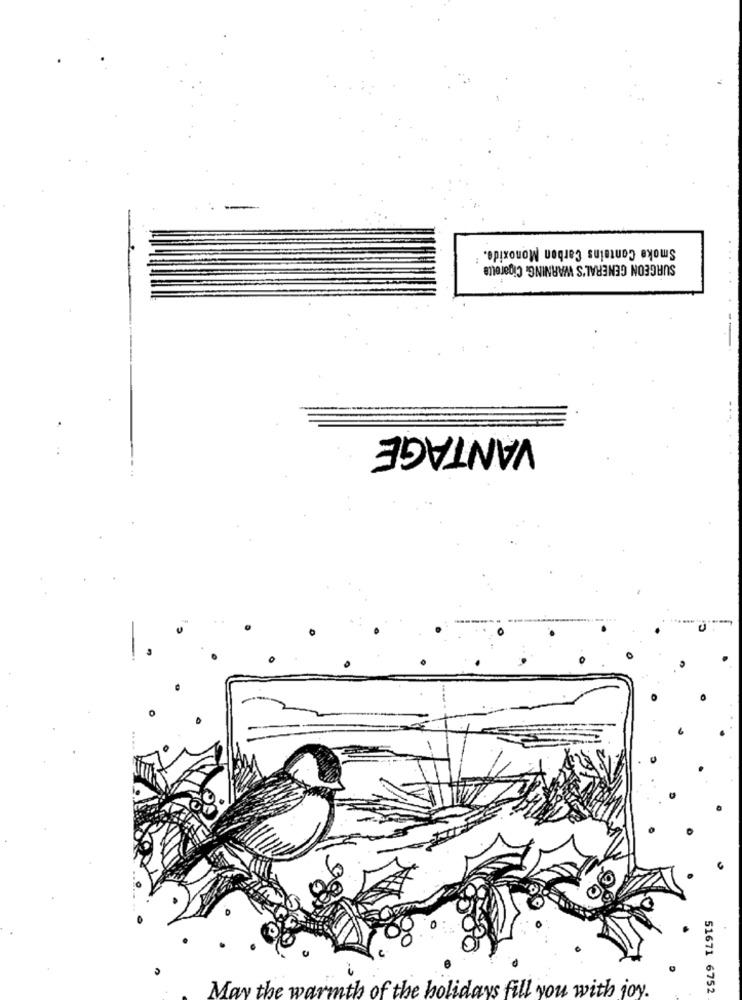
Smoke Contains Carbon Monoxide.
SURGEON GENERAL'S WARNING. Cigarette
VANTAGE
May the warmth of the holidays fill you with joy.
51671 6752